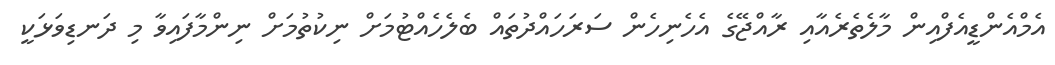
އެމްއެންޑީއެފްއިން މާލެތެރެއާއި ރާއްޖޭގެ އެހެނިހެން ސަރަހައްދުތައް ބެލެހެއްޓުމަށް ނިކުތުމަށް ނިންމާފައިވާ މި ދަނޑިވަޅަކީ